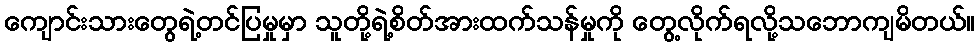
ကျောင်းသားတွေရဲ့တင်ပြမှုမှာ သူတို့ရဲ့စိတ်အားထက်သန်မှုကို တွေ့လိုက်ရလို့သဘောကျမိတယ်။